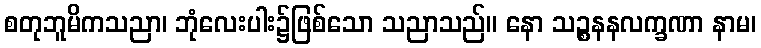
စတုဘူမိကသညာ၊ ဘုံလေးပါး၌ဖြစ်သော သညာသည်။ နော သဉ္စနနလက္ခဏာ နာမ၊